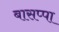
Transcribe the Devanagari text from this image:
बासप्पा